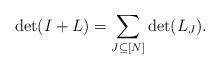
LaTeX: \begin{align*} \det(I+L)=\sum_{J\subseteq [N]}\det(L_J).\end{align*}